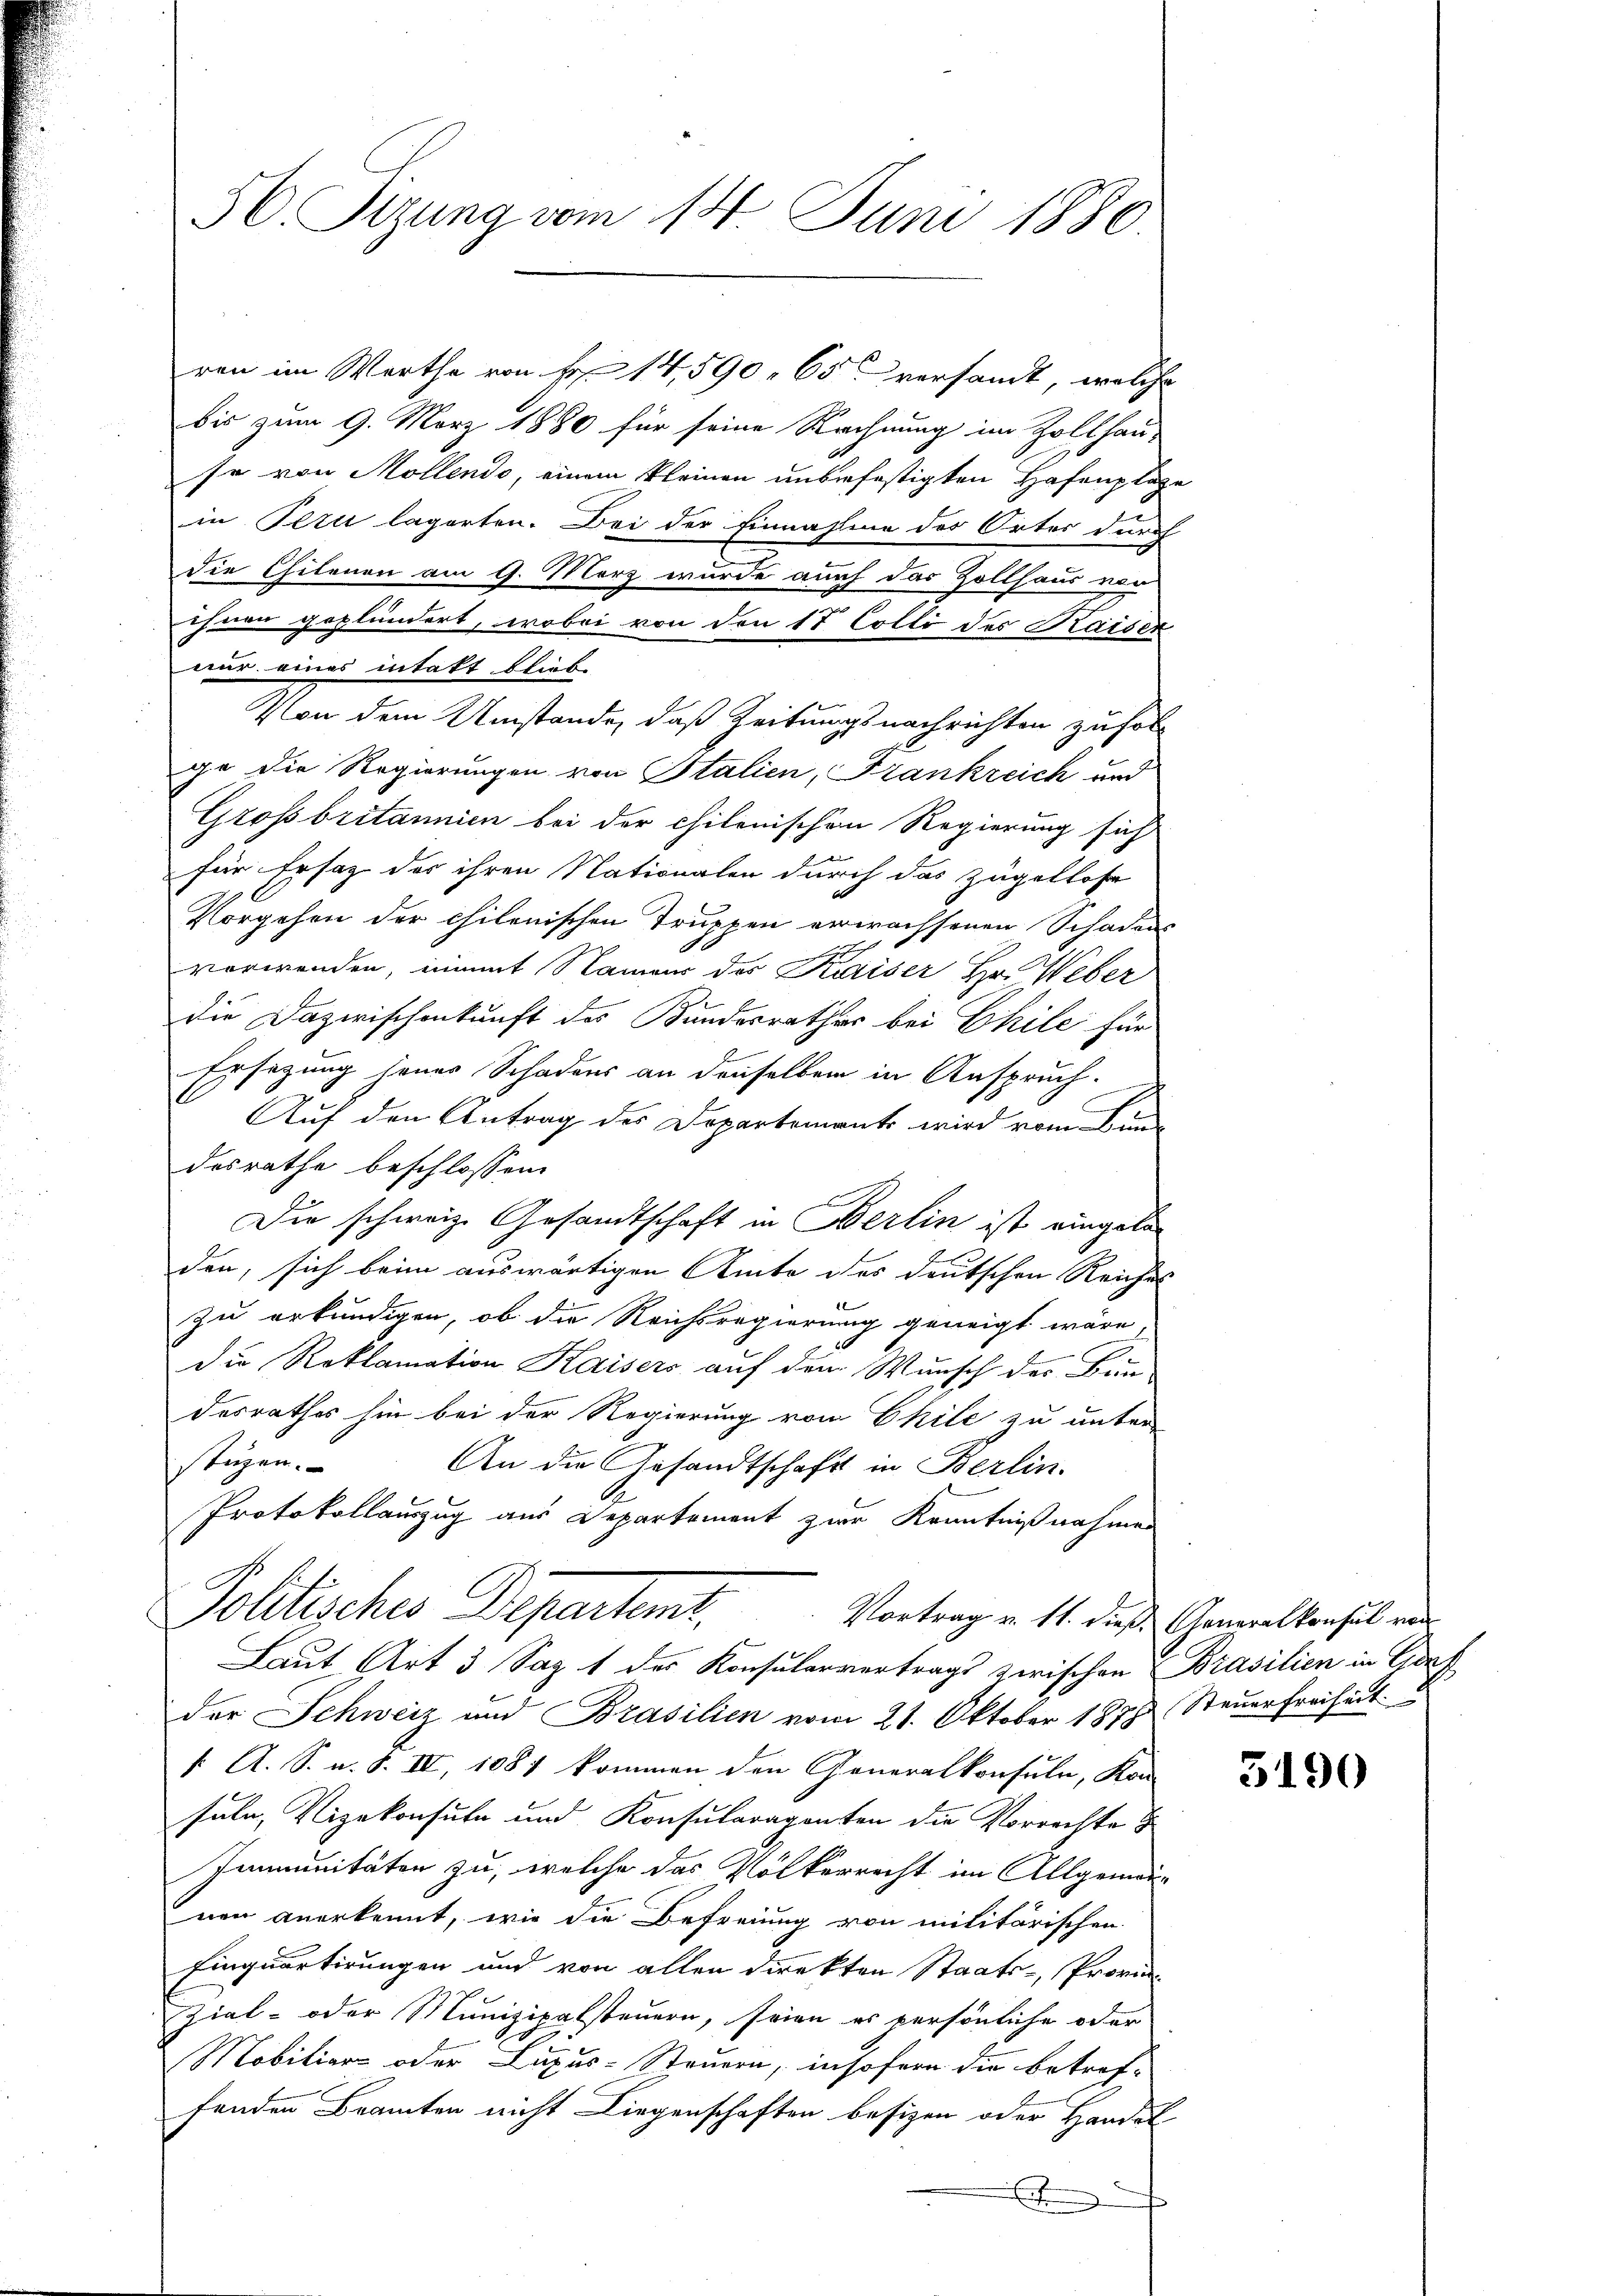
56. Sizung vom 14. Juni 1886.

bis zum 9. März 1880 für seine Rechnung im Zollhause von Mollendo, einem kleinen unbefestigten Hafenplaze
in Peru lägerten. Bei der Einnahme des Ortes durch
die Chilenen am 9. März wurde auch das Zollhaus von
ihnen geplundert, wobei von den 17 Colli des Kaiser
nur eines intakt blieb.
Von dem Umstände, daß Zeitungsnachrichten zufolge die Regierungen von Stalien, Frankreich und
Grossbritannien bei der chilenischen Regierung sich
für Ersatz des ihren Nationalen durch das Zügellose
Vorgehen der chilenischen Truppen erwachsenen Schadens
2
vorwenden, immt Namer des Kaiser Hr. Weber
die Dazwischenkunft des Bundesrathes bei Ehile für
Ersetzung jenes Schadens an denselben in Anspruch.
C
Auf den Antrag des Departements wird vom Bundesrathe beschlossen:
Die schweiz. Gesandtschaft in Berlin ist eingela
den, sich beim auswärtigen Amte des deutschen Reiches
zu erkundigen, ob die Reichsregierung geneigt wäre,
J
die Reklamation Kaisers auf dem Wunsch der Bundesrathes hin bei der Regierung von Chile zu unter-
stüzen.
An die Gesandtschaft in Berlin.
Protokollauszug aus Departement zur Kenntnißnahmen
Politisches Departent.
Vortrag v. 11. dieß Generalkonsul von
Laut Art 3 Sap. 1 des Konsularvertrags zwischen Brasilien in Graf
der Schweiz und Brasilien vom 21. Oktober 1878 Steuerfreiheit
k. A. S. v. 8. IV, 1081 kommen den Generalkonsuln, Kon-
suln, Vizekonsula und Konsularaganten die Vorrechte
Immunitäten zu, welche das Völkerrecht im Allgemeinen anerkennt, wie die Befreiung von militärischen
Einquartirungen und von allen direkten Staats-Provin-
Zial- oder Munizipalsteuern, seien es persönliche oder
Mobiliars oder Lupus-Steuern, insofern die betref-
fenden Branten nicht Liegenschaften besizen oder Handel
x

ren im Werthe von Fr. 14,590. 65 versandt, welche

3190